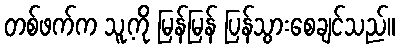
တစ်ဖက်က သူ့ကို မြန်မြန် ပြန်သွားစေချင်သည်။